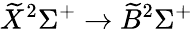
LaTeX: \widetilde{X}^{2}\Sigma^{+}\rightarrow\widetilde{B}^{2}\Sigma^{+}